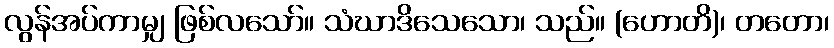
လွန်အပ်ကာမျှ ဖြစ်လသော်။ သံဃာဒိသေသော၊ သည်။ (ဟောတိ)၊ တတော၊